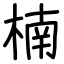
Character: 楠